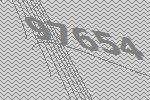
97654